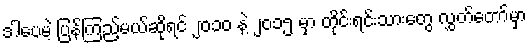
ဒါပေမဲ့ ပြန်ကြည့်မယ်ဆိုရင် ၂၀၁၀ နဲ့ ၂၀၁၅ မှာ တိုင်းရင်းသားတွေ လွှတ်တော်မှာ